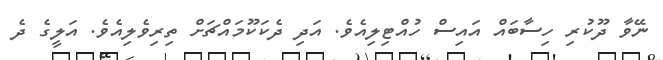
ނޭވާ ދޫކުރި ހިސާބައް އައިސް ހުއްޓިލިއެވެ. އަދި ދެކަކޫމައްޗަށް ތިރިވެލިއެވެ. އަލީގެ ދެ